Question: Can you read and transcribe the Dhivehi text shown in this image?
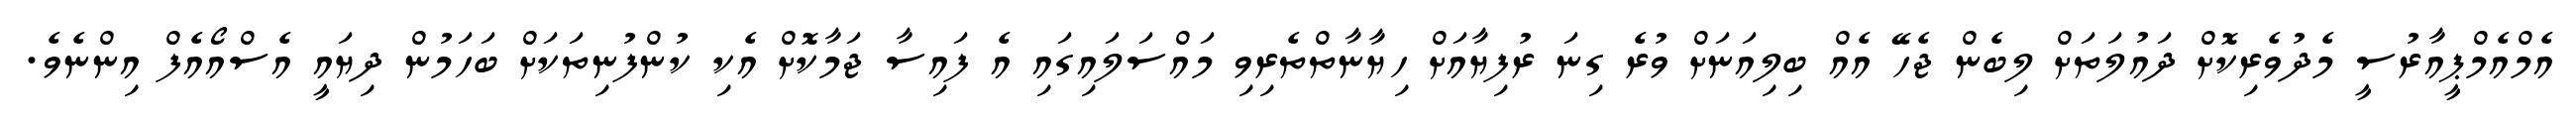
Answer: އެމްއެމްޕީއާރުސީ މެދުވެރިކޮށް ދައުލަތަށް ލިބެން ޖެހޭ އެއް ބިލިއަނަށް ވުރެ ގިނަ ރުފިޔާއަށް ހިޔާނާތްތެރިވި މައްސަލައިގައި އެ ފައިސާ ޖަމާކޮށް އެކި ކުންފުނިތަކަށް ބަހަމުން ދިޔައީ އެސްއޯއެފް އިންނެވެ.